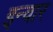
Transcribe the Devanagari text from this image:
इन्वार